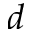
d